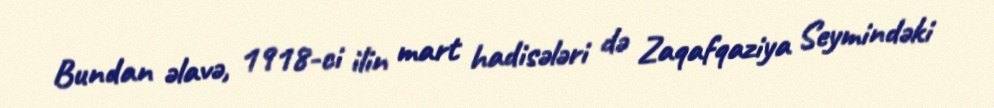
Bundan əlavə, 1918-ci ilin mart hadisələri də Zaqafqaziya Seymindəki